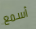
أسمع